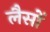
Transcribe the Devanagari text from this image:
लैसों